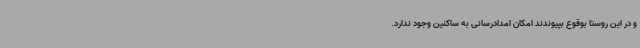
و در این روستا بوقوع بپیوندند امکان امدادرسانی به ساکنین وجود ندارد.